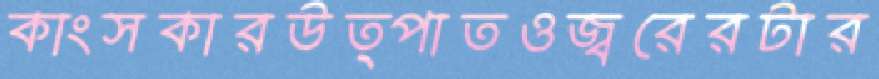
কাংসকারউত্পাতওজ্বরেরটার